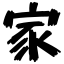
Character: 家